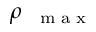
\rho _ { \mathrm { ~ \tiny ~ { ~ m ~ a ~ x ~ } ~ } }